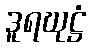
ဒူရဃုဋ္ဌံ